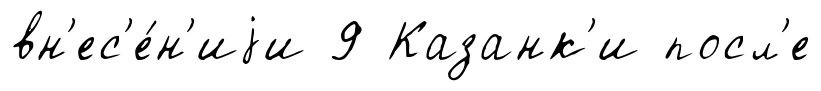
вн'ес'е́н'иjи 9 Казанк'и посл'е